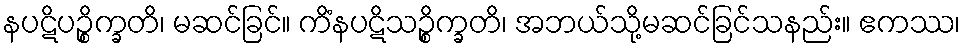
နပဋိပဉ္စိက္ခတိ၊ မဆင်ခြင်။ ကိံနပဋိသဉ္စိက္ခတိ၊ အဘယ်သို့မဆင်ခြင်သနည်း။ ဧကဿ၊